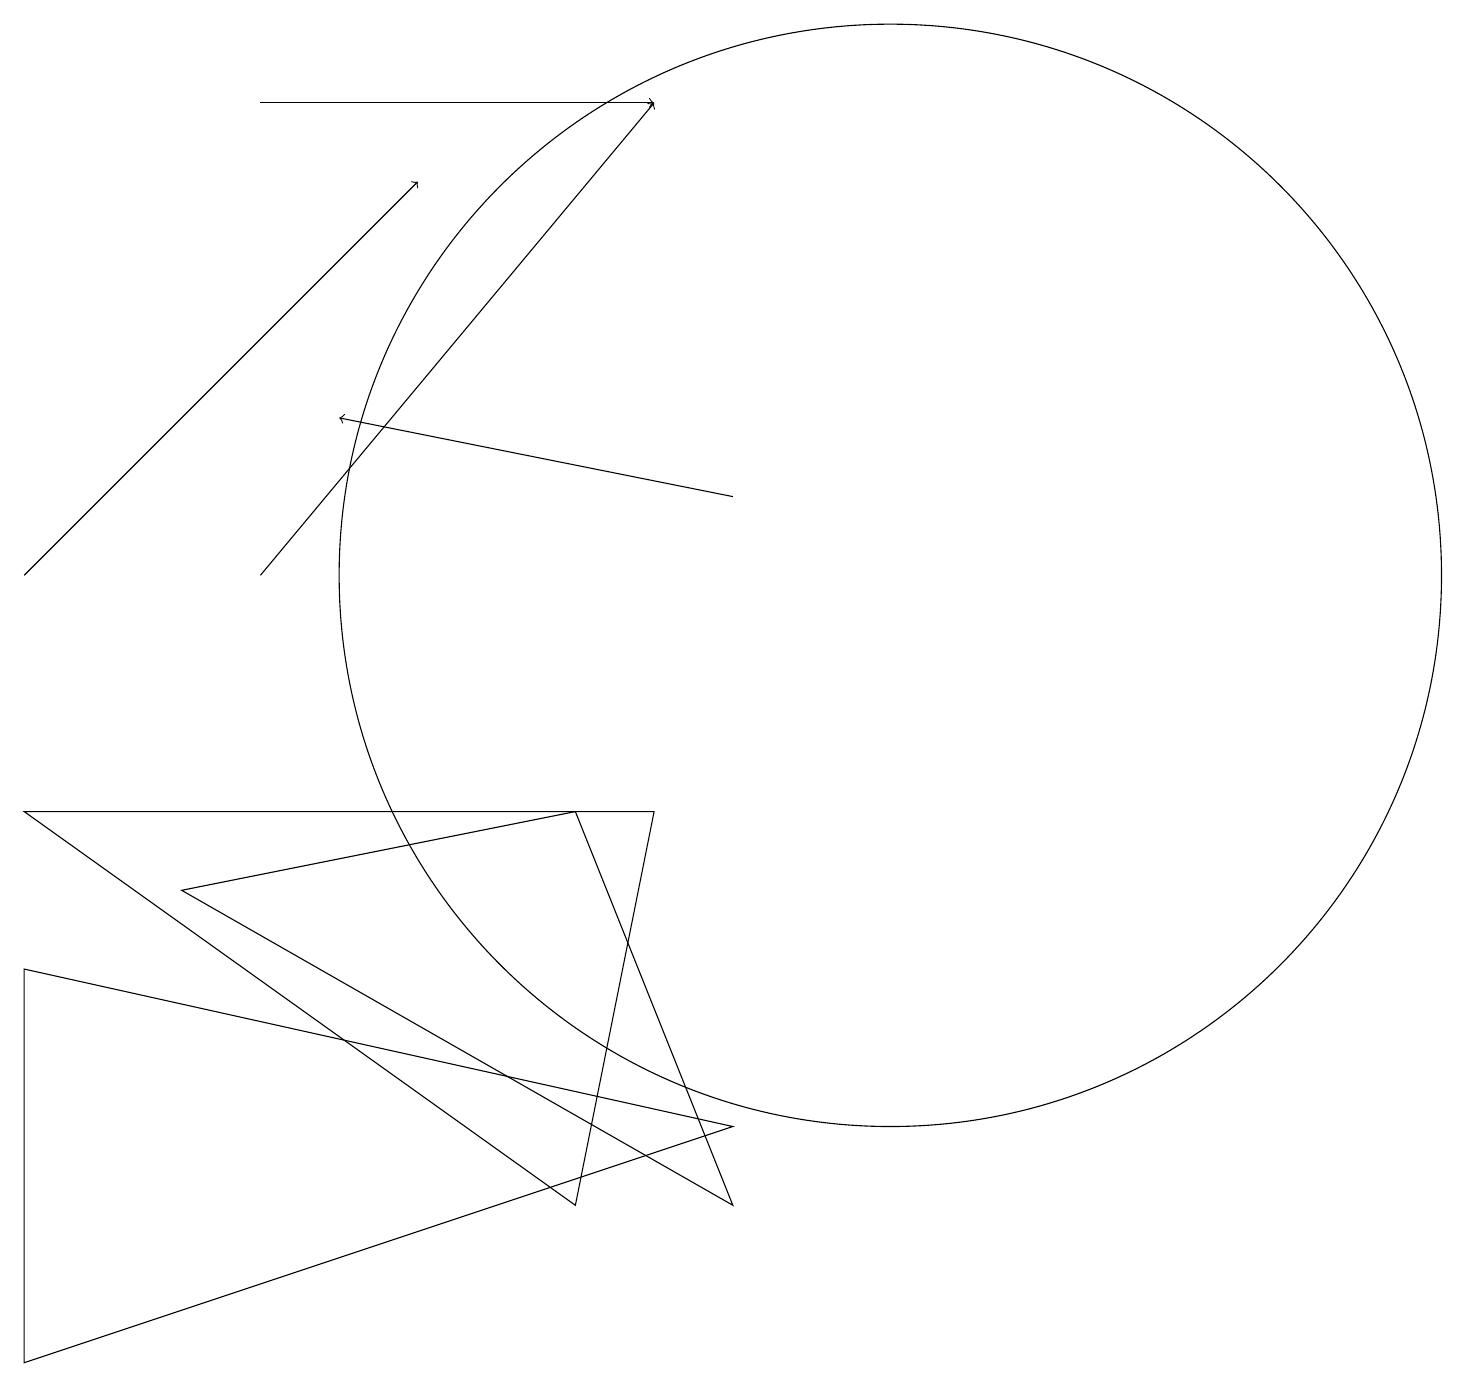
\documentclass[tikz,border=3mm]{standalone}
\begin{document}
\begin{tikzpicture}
\draw (0,1) -- (9,4) -- (0,6) -- cycle;
\draw[->] (0,11) -- (5,16);
\draw (7,8) -- (9,3) -- (2,7) -- cycle;
\draw[->] (3,17) -- (8,17);
\draw[->] (9,12) -- (4,13);
\draw[->] (3,11) -- (8,17);
\draw (0,8) -- (8,8) -- (7,3) -- cycle;
\draw (11,11) circle (7);
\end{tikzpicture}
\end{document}